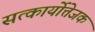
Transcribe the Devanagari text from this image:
सत्कार्योत्तेजक